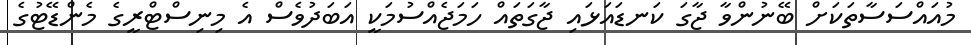
މުއައްސަސާތަކަށް ބޭނުންވާ ޖާގަ ކަނޑައަޅައި ޖާގަތައް ހަމަޖެއްސުމަކީ އަބަދުވެސް އެ މިނިސްޓްރީގެ މެންޑޭޓުގެ